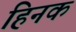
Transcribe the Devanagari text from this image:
हिनक